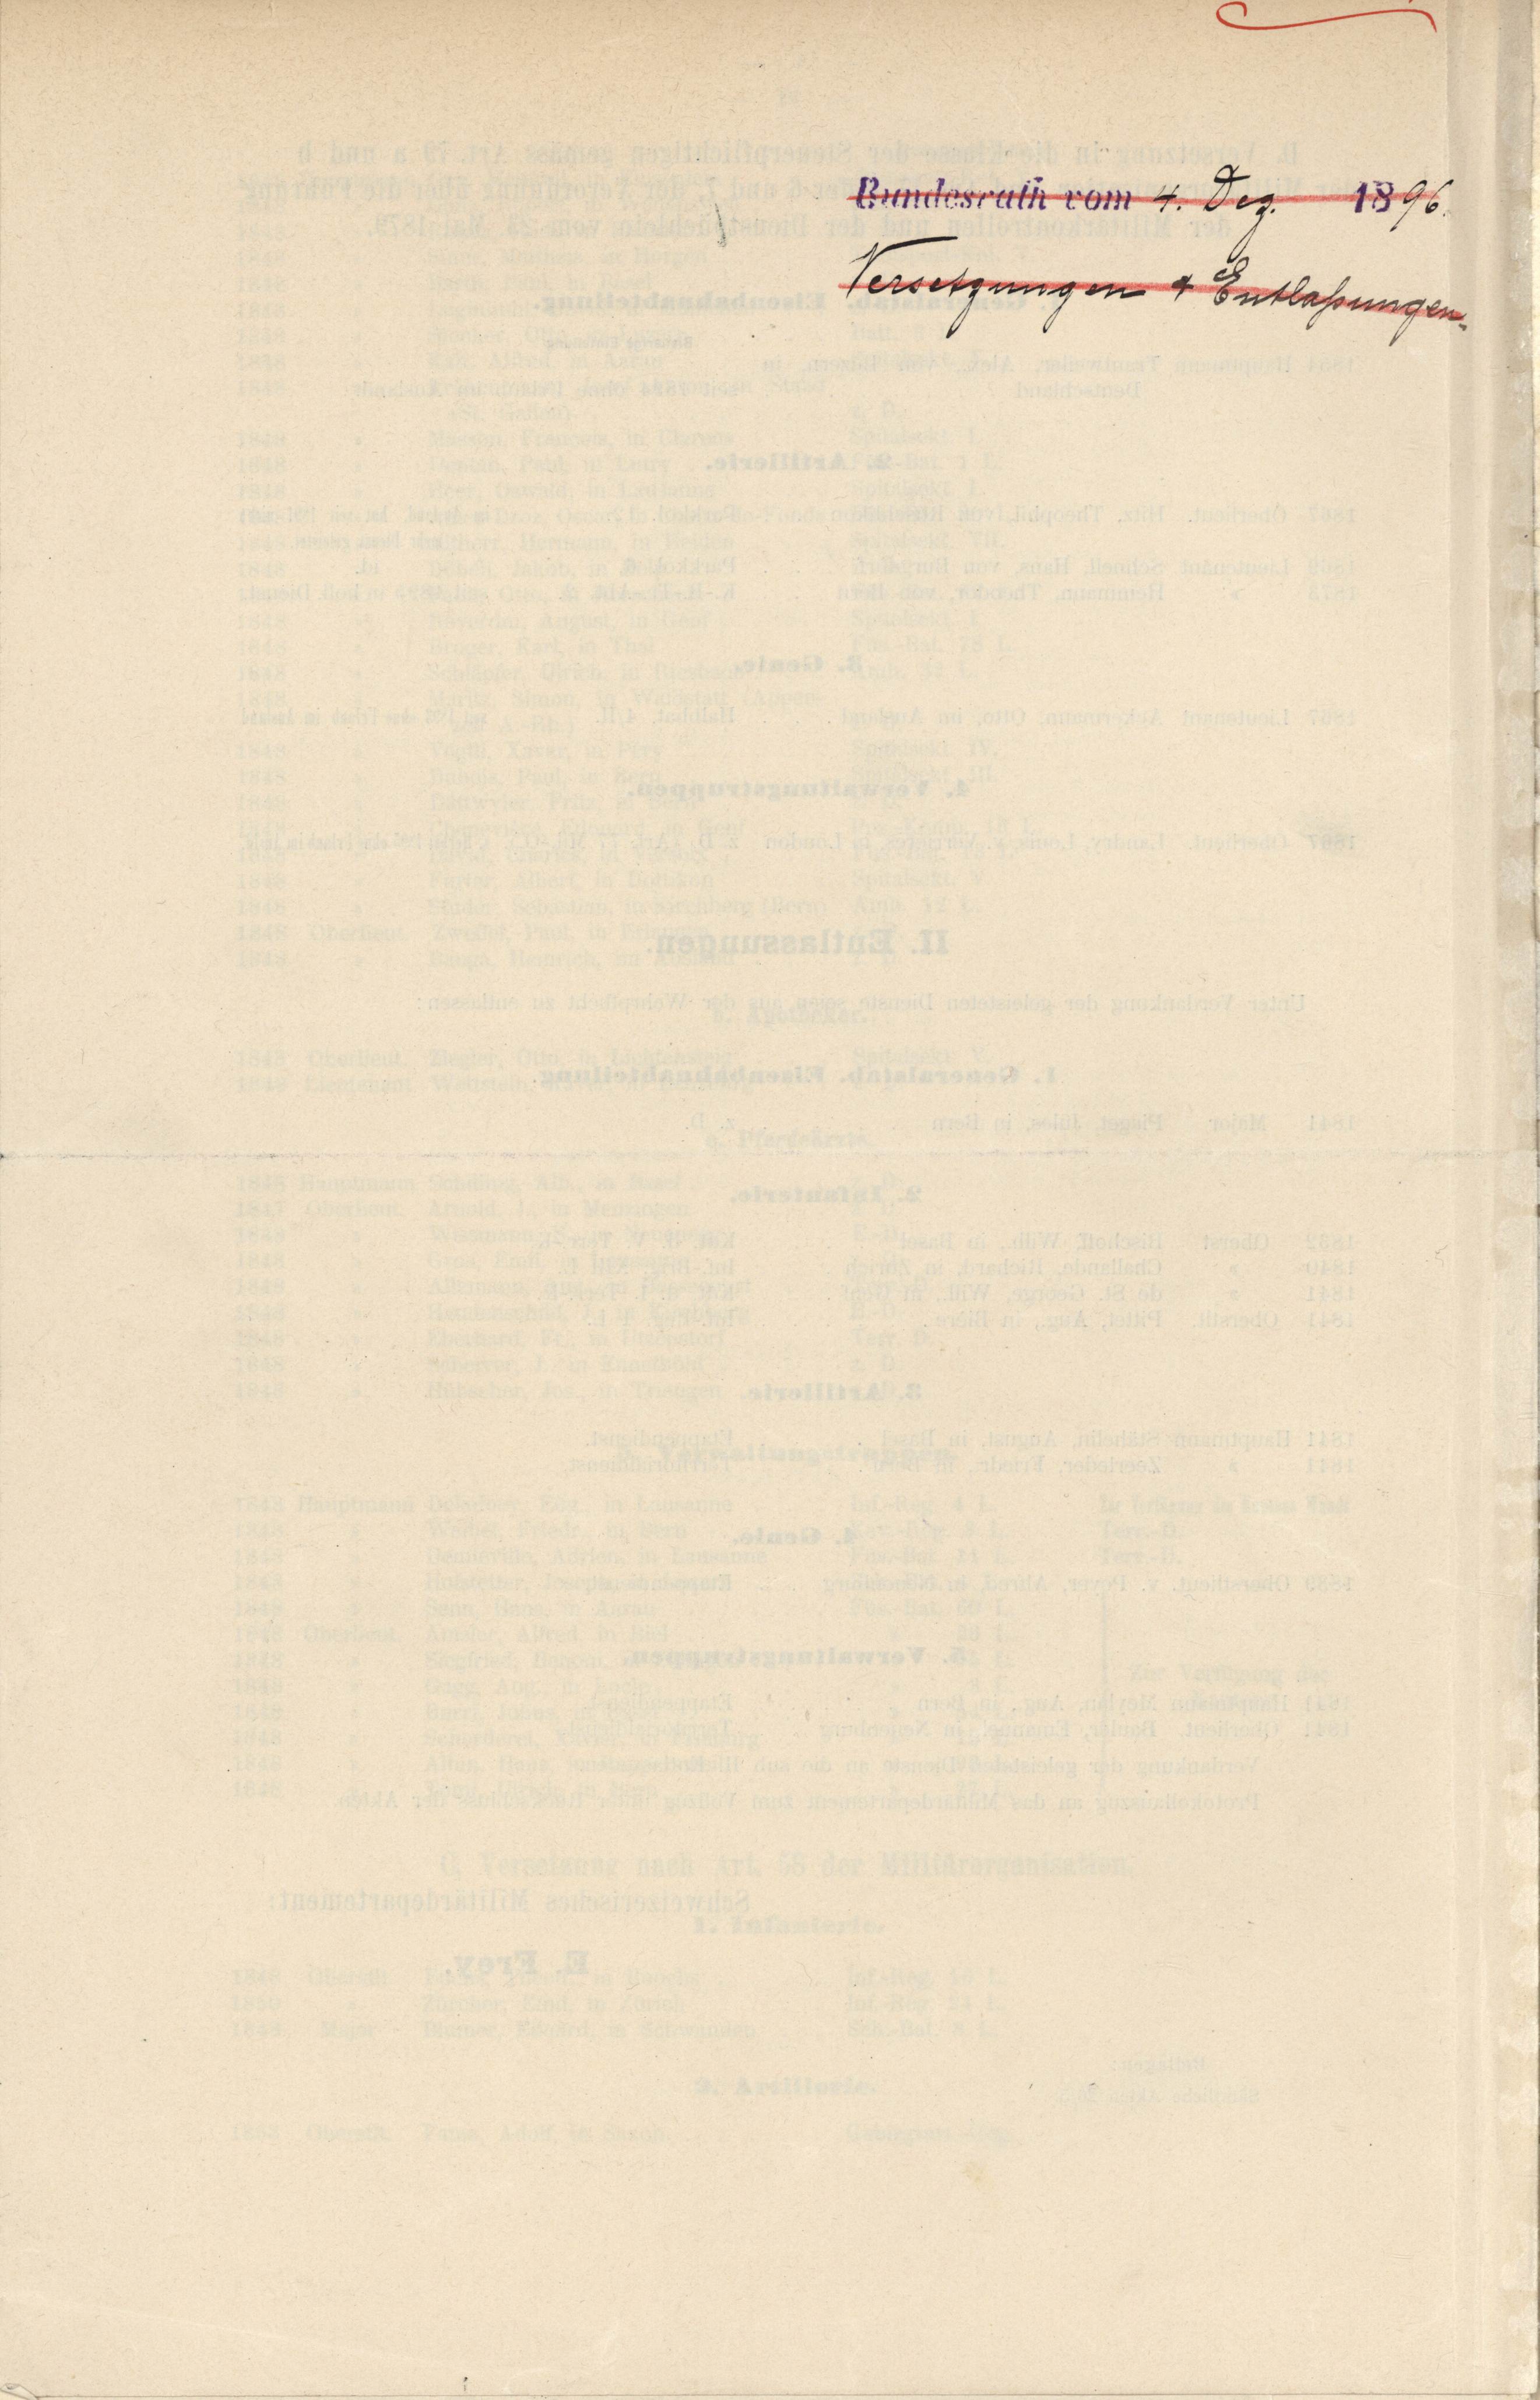
Prunterrath vom 4. Dez. 1896.
Versetzungen Entlassungen